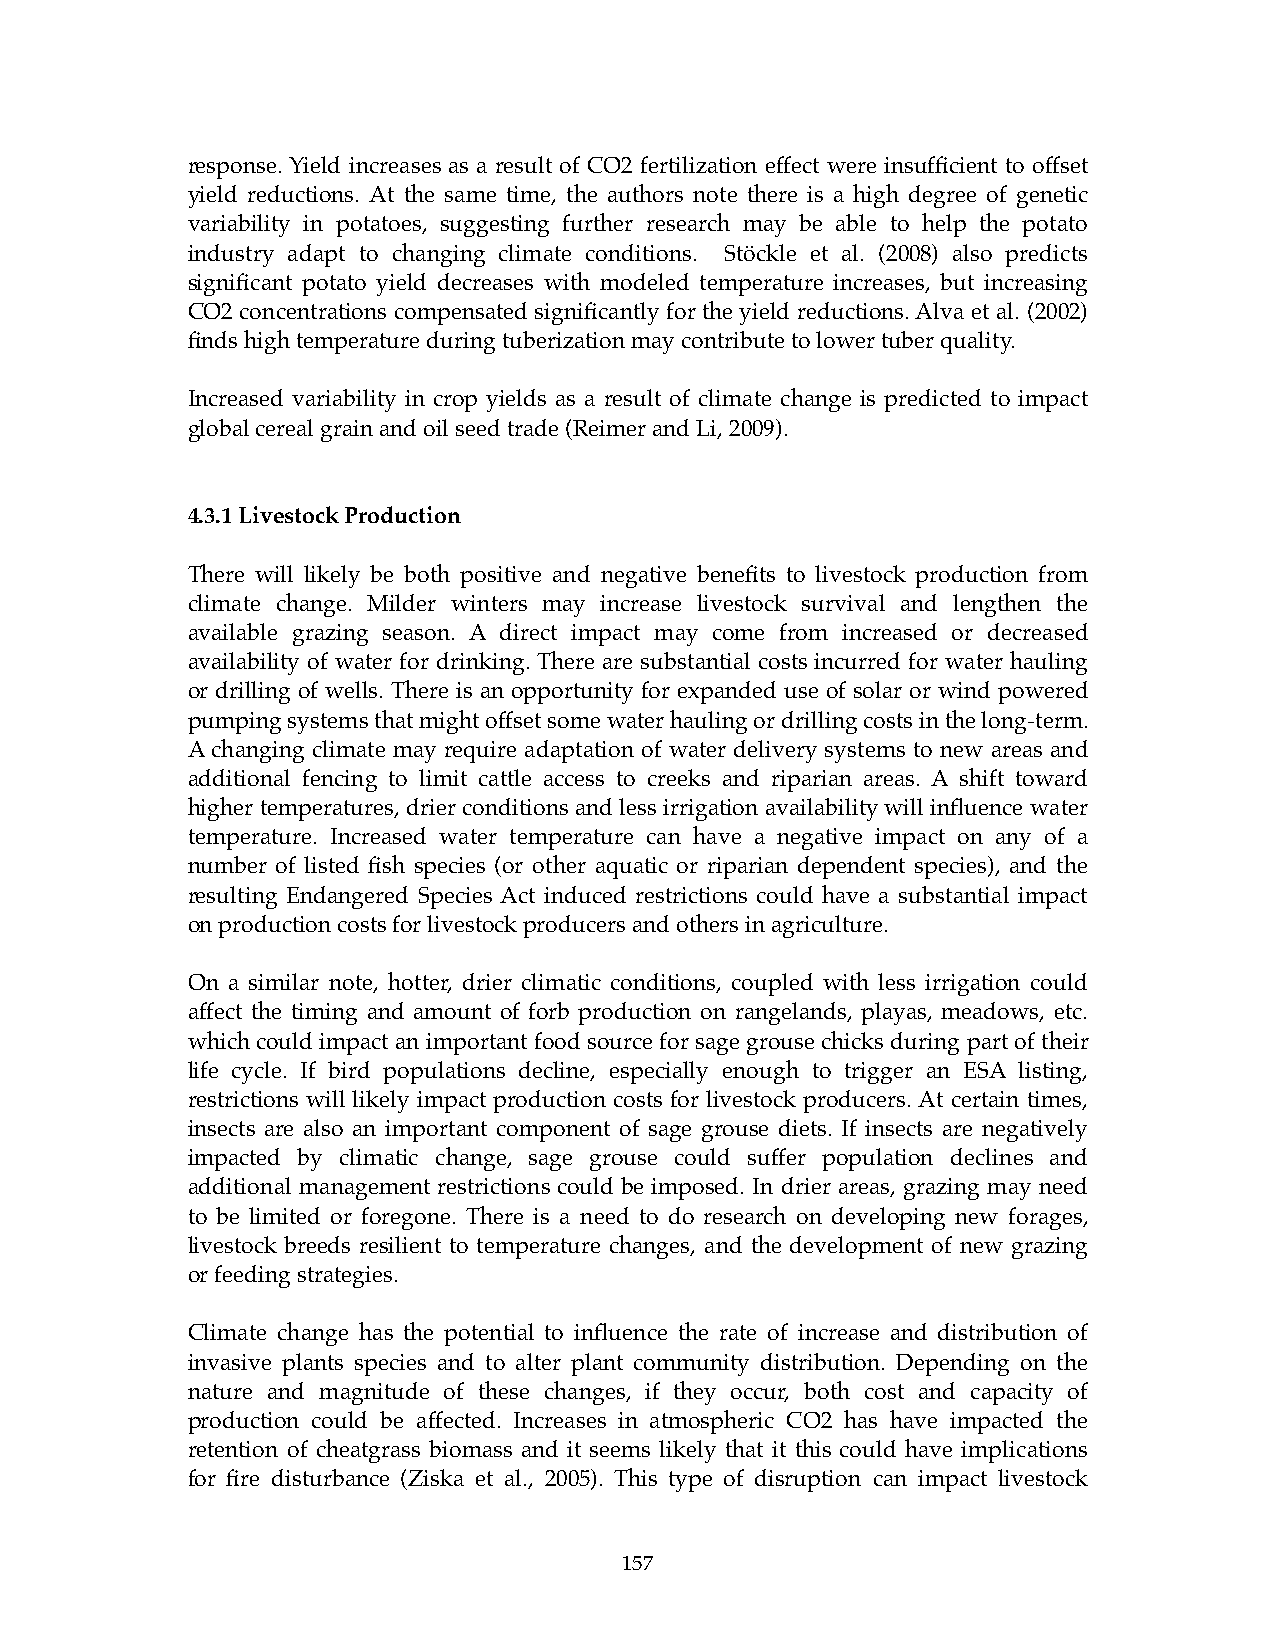
response. Yield increases as a result of CO2 fertilization effect were insufficient to offset
 yield reductions. At the same time, the authors note there is a high degree of genetic
 variability in potatoes, suggesting further research may be able to help the potato
 industry adapt to changing climate conditions. Stöckle et al. (2008) also predicts
 significant potato yield decreases with modeled temperature increases, but increasing
 CO2 concentrations compensated significantly for the yield reductions. Alva et al. (2002)
 finds high temperature during tuberization may contribute to lower tuber quality.
 Increased variability in crop yields as a result of climate change is predicted to impact
 global cereal grain and oil seed trade (Reimer and Li, 2009).
 4.3.1 Livestock Production
 There will likely be both positive and negative benefits to livestock production from
 climate change. Milder winters may increase livestock survival and lengthen the
 available grazing season. A direct impact may come from increased or decreased
 availability of water for drinking. There are substantial costs incurred for water hauling
 or drilling of wells. There is an opportunity for expanded use of solar or wind powered
 pumping systems that might offset some water hauling or drilling costs in the long-term.
 A changing climate may require adaptation of water delivery systems to new areas and
 additional fencing to limit cattle access to creeks and riparian areas. A shift toward
 higher temperatures, drier conditions and less irrigation availability will influence water
 temperature. Increased water temperature can have a negative impact on any of a
 number of listed fish species (or other aquatic or riparian dependent species), and the
 resulting Endangered Species Act induced restrictions could have a substantial impact
 on production costs for livestock producers and others in agriculture.
 On a similar note, hotter, drier climatic conditions, coupled with less irrigation could
 affect the timing and amount of forb production on rangelands, playas, meadows, etc.
 which could impact an important food source for sage grouse chicks during part of their
 life cycle. If bird populations decline, especially enough to trigger an ESA listing,
 restrictions will likely impact production costs for livestock producers. At certain times,
 insects are also an important component of sage grouse diets. If insects are negatively
 impacted by climatic change, sage grouse could suffer population declines and
 additional management restrictions could be imposed. In drier areas, grazing may need
 to be limited or foregone. There is a need to do research on developing new forages,
 livestock breeds resilient to temperature changes, and the development of new grazing
 or feeding strategies.
 Climate change has the potential to influence the rate of increase and distribution of
 invasive plants species and to alter plant community distribution. Depending on the
 nature and magnitude of these changes, if they occur, both cost and capacity of
 production could be affected. Increases in atmospheric CO2 has have impacted the
 retention of cheatgrass biomass and it seems likely that it this could have implications
 for fire disturbance (Ziska et al., 2005). This type of disruption can impact livestock
 157